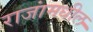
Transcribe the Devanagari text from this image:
राजांमधील